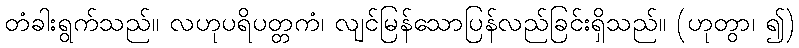
တံခါးရွက်သည်။ လဟုပရိပတ္တကံ၊ လျင်မြန်သောပြန်လည်ခြင်းရှိသည်။ (ဟုတွာ၊ ၍)